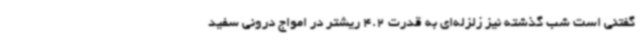
گفتنی است شب گذشته نیز زلزله‌ای به قدرت 4.2 ریشتر در امواج درونی سفید